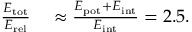
\begin{array} { r l } { \frac { E _ { \mathrm { t o t } } } { E _ { \mathrm { r e l } } } } & { { } \approx \frac { E _ { \mathrm { p o t } } + E _ { \mathrm { i n t } } } { E _ { \mathrm { i n t } } } = 2 . 5 . } \end{array}